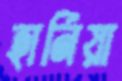
হার্নিয়া